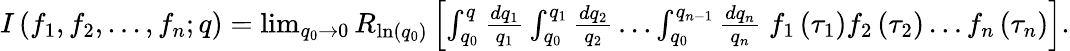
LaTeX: \begin{array}{r}{I\left(f_{1},f_{2},...,f_{n};q\right)=\operatorname*{lim}_{q_{0}\rightarrow 0}R_{\ln(q_{0})}\left[\int_{q_{0}}^{q}\frac{dq_{1}}{q_{1}}\int_{q_{0}}^{q_{1}}\frac{dq_{2}}{q_{2}}\ldots\int_{q_{0}}^{q_{n-1}}\frac{dq_{n}}{q_{n}}\; f_{1}\left(\tau_{1}\right)f_{2}\left(\tau_{2}\right)\dots f_{n}\left(\tau_{n}\right)\right].}\end{array}